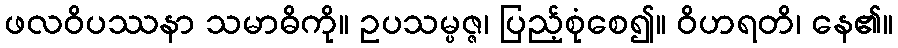
ဖလဝိပဿနာ သမာဓိကို။ ဥပသမ္ပဇ္ဇ၊ ပြည့်စုံစေ၍။ ဝိဟရတိ၊ နေ၏။